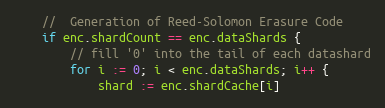
Language: Go
	//  Generation of Reed-Solomon Erasure Code
	if enc.shardCount == enc.dataShards {
		// fill '0' into the tail of each datashard
		for i := 0; i < enc.dataShards; i++ {
			shard := enc.shardCache[i]